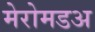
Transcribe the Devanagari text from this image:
मेरोमडअ